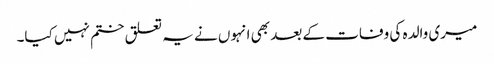
میری والدہ کی وفات کے بعد بھی انہوں نے یہ تعلق ختم نہیں کیا۔